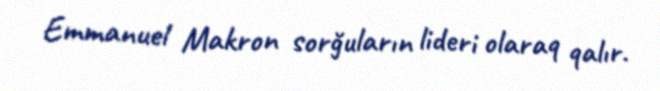
Emmanuel Makron sorğuların lideri olaraq qalır.